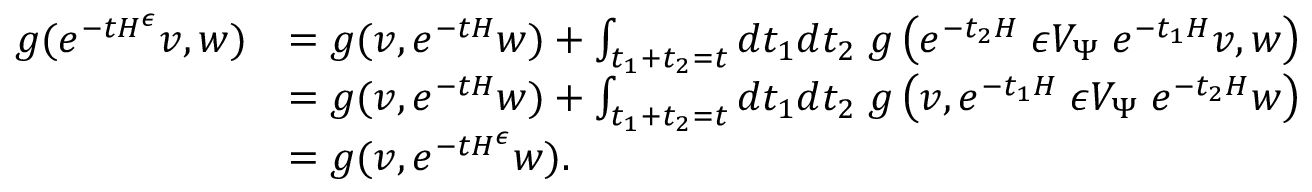
\begin{array} { r l } { g ( e ^ { - t H ^ { \epsilon } } v , w ) } & { = g ( v , e ^ { - t H } w ) + \int _ { t _ { 1 } + t _ { 2 } = t } d t _ { 1 } d t _ { 2 } \; g \left( e ^ { - t _ { 2 } H } \; { \epsilon } V _ { \Psi } \; e ^ { - t _ { 1 } H } v , w \right) } \\ & { = g ( v , e ^ { - t H } w ) + \int _ { t _ { 1 } + t _ { 2 } = t } d t _ { 1 } d t _ { 2 } \; g \left( v , e ^ { - t _ { 1 } H } \; { \epsilon } V _ { \Psi } \; e ^ { - t _ { 2 } H } w \right) } \\ & { = g ( v , e ^ { - t H ^ { \epsilon } } w ) . } \end{array}